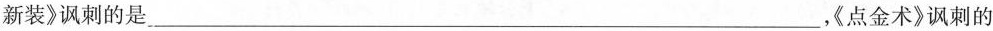
新装》讽刺的是___，《点金术》讽刺的